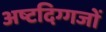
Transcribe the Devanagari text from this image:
अष्टदिग्गजों